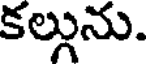
కల్గును.